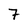
Character: 7